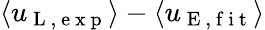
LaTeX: \langle u_{\mathrm{~L~,~e~x~p~}}\rangle-\langle u_{\mathrm{~E~,~f~i~t~}}\rangle